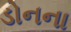
ડોનના